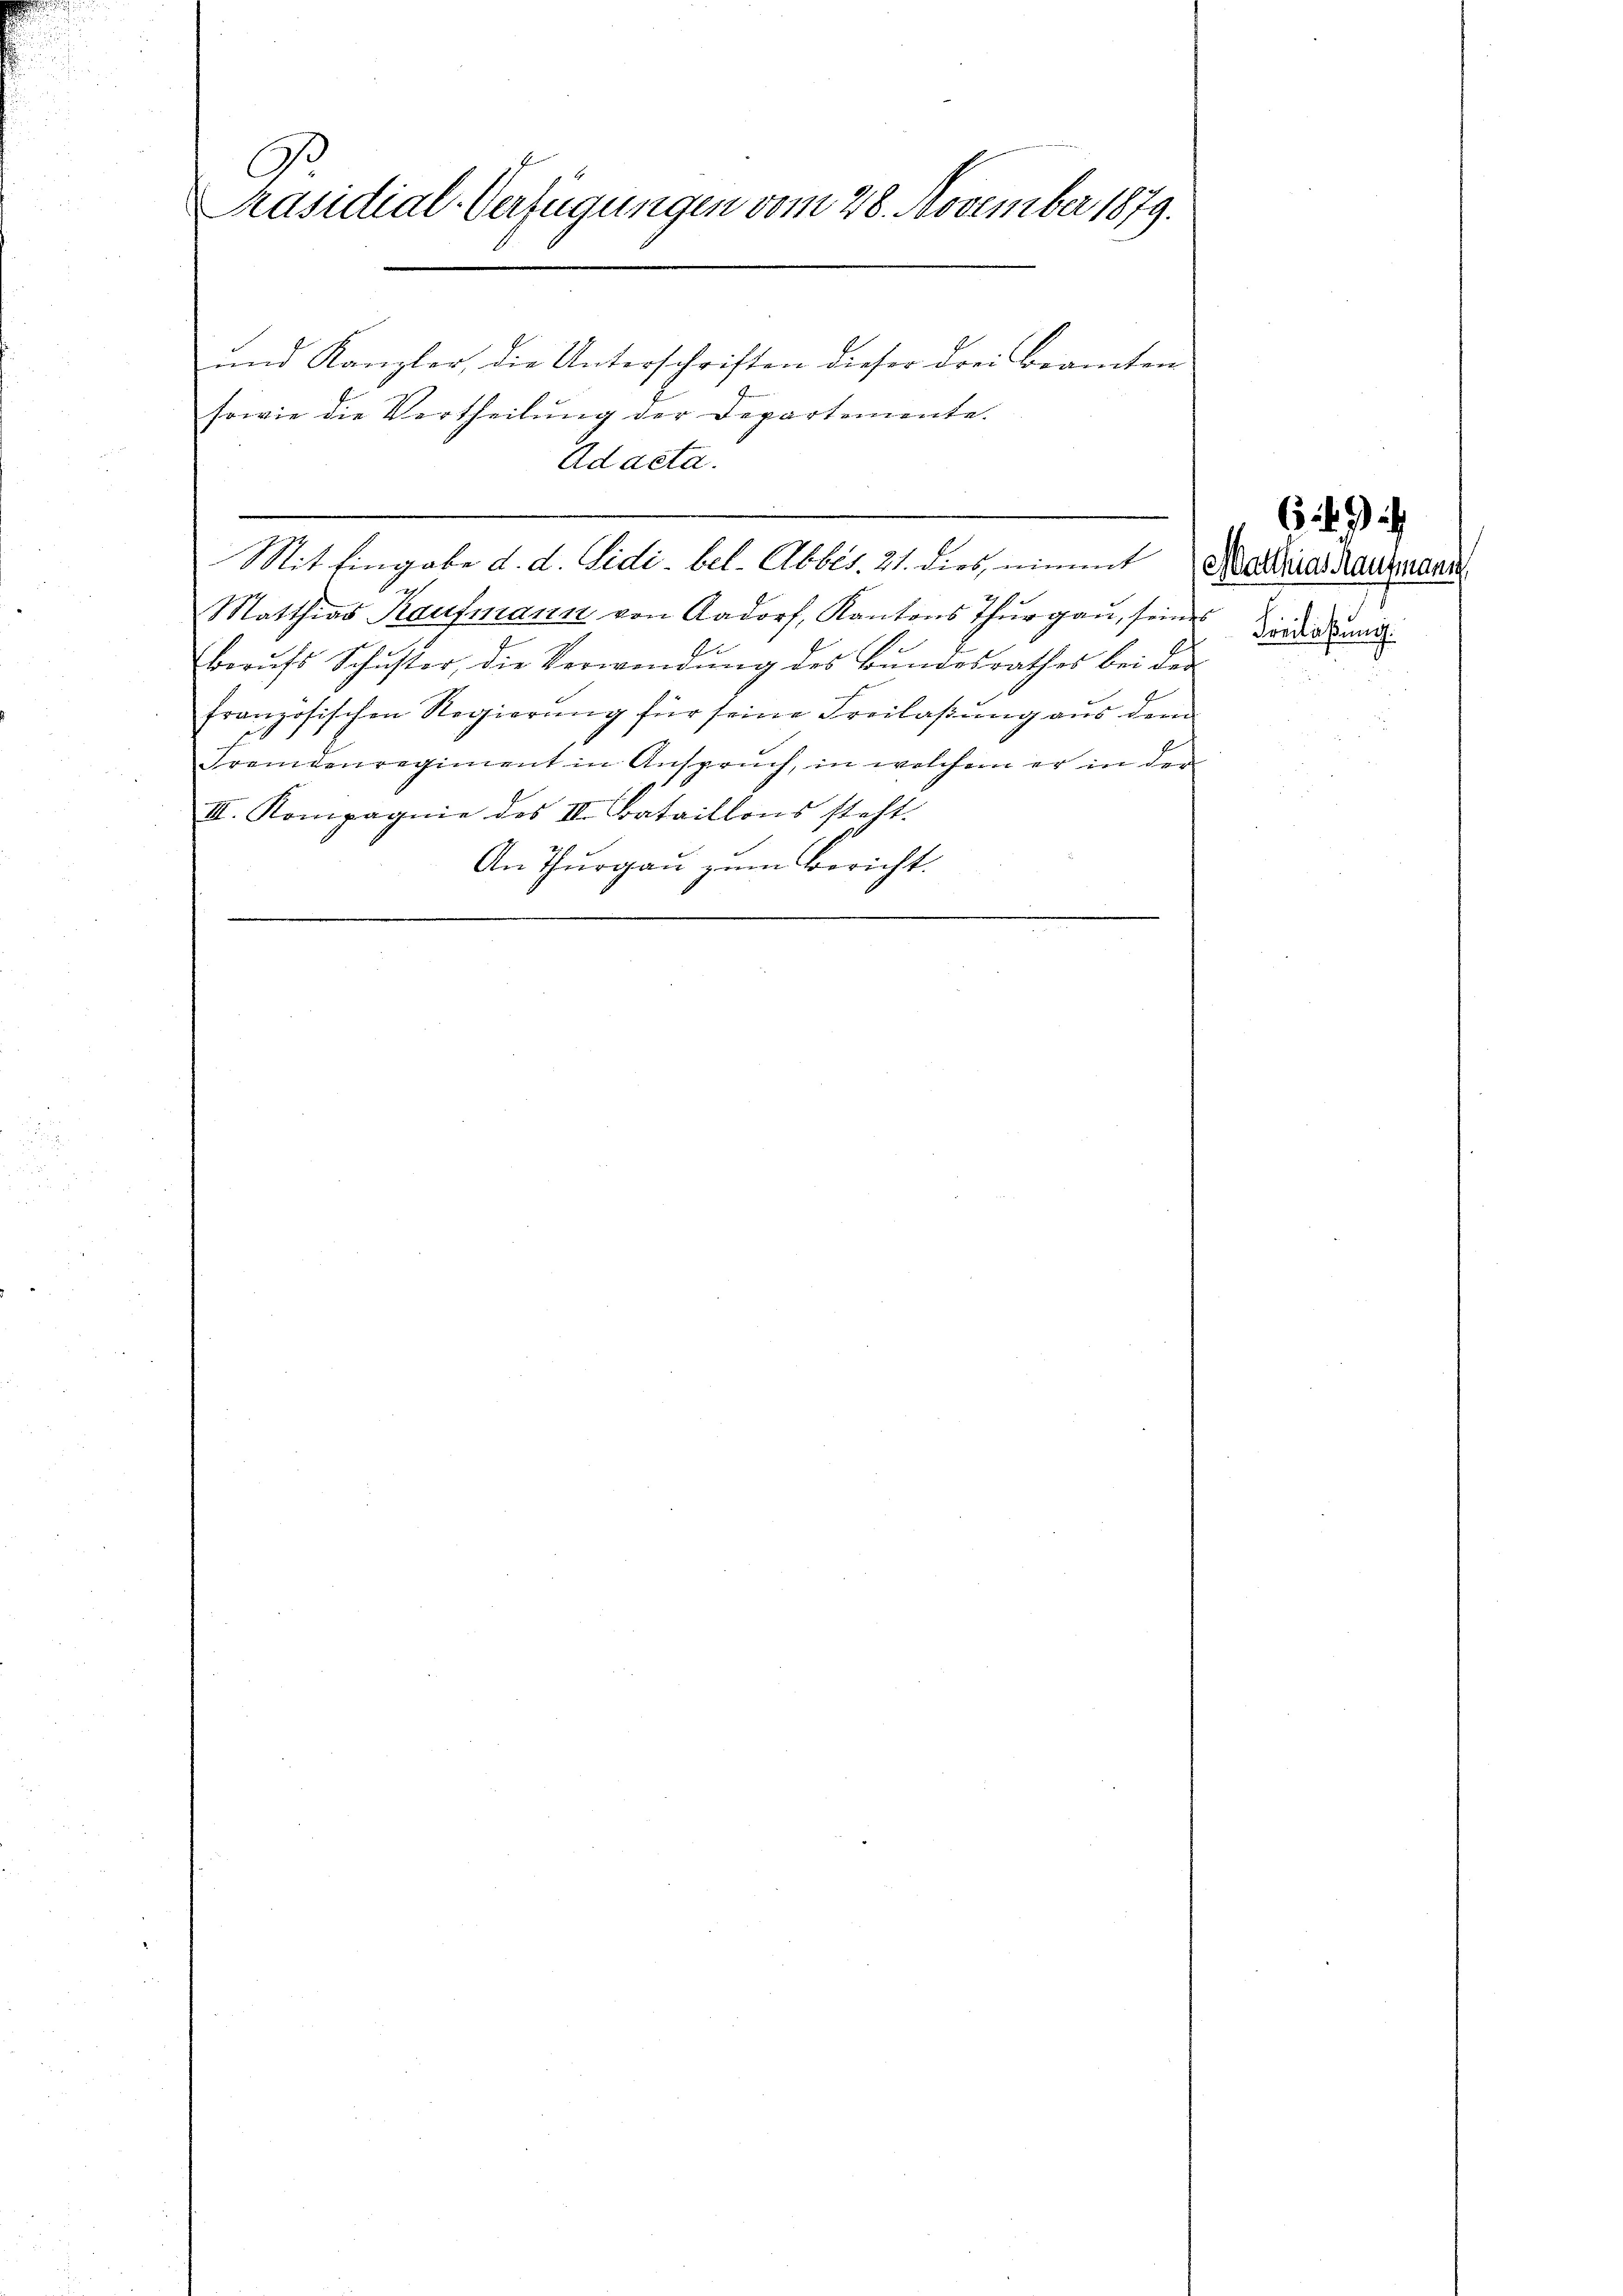
G
Präsidial-Verfügungen vom 28. November 1879.
und Kanzler, die Unterschriften dieser drei Beamten

sowie die Vertheilung der Departemente.
Ad acta.
Matthias Kaufmann von Aadorf, Kantons Thurgau, seiner Dir die und
.
Berufs Schuster, die Verwendung des Bundesrathes bei der
französischen Regierŭng für seine Freilassŭng aŭs dem
Fremdenregiment in Anspruch, in welchem er in der
III. Kompagnie des III. Bataillons steht.
An Thurgau zum Bericht.

Mit Eingabe d. d. Sidi-bel. Abbes. 21. dies, nimmt Marias Reutzmann

6 27)